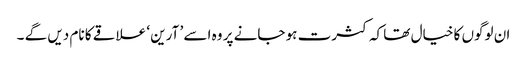
ان لوگوں کا خیال تھا کہ کثرت ہو جانے پر وہ اسے ’ آرین ‘ علاقے کا نام دیں گے ۔